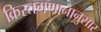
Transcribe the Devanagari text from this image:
क्रिस्तगणानानुसार